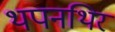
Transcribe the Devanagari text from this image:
थपनथिर